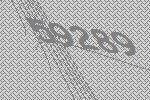
59289